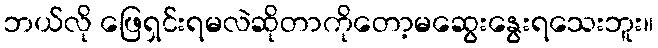
ဘယ်လို ဖြေရှင်းရမလဲဆိုတာကိုတော့မဆွေးနွေးရသေးဘူး။